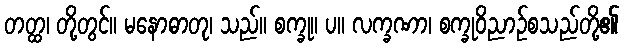
တတ္ထ၊ တို့တွင်။ မနောဓာတု၊ သည်။ စက္ခု။ ပ။ လက္ခဏာ၊ စက္ခုဝိညာဉ်စသည်တို့၏